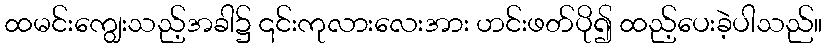
ထမင်းကျွေးသည့်အခါ၌ ၎င်းကုလားလေးအား ဟင်းဖတ်ပို၍ ထည့်ပေးခဲ့ပါသည်။